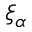
\xi _ { \alpha }